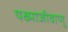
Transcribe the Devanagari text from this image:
यक्ष्माजीवाणु